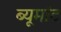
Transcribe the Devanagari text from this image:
ब्यूमांट